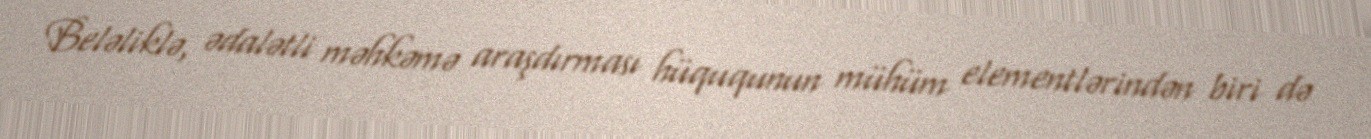
Beləliklə, ədalətli məhkəmə araşdırması hüququnun mühüm elementlərindən biri də